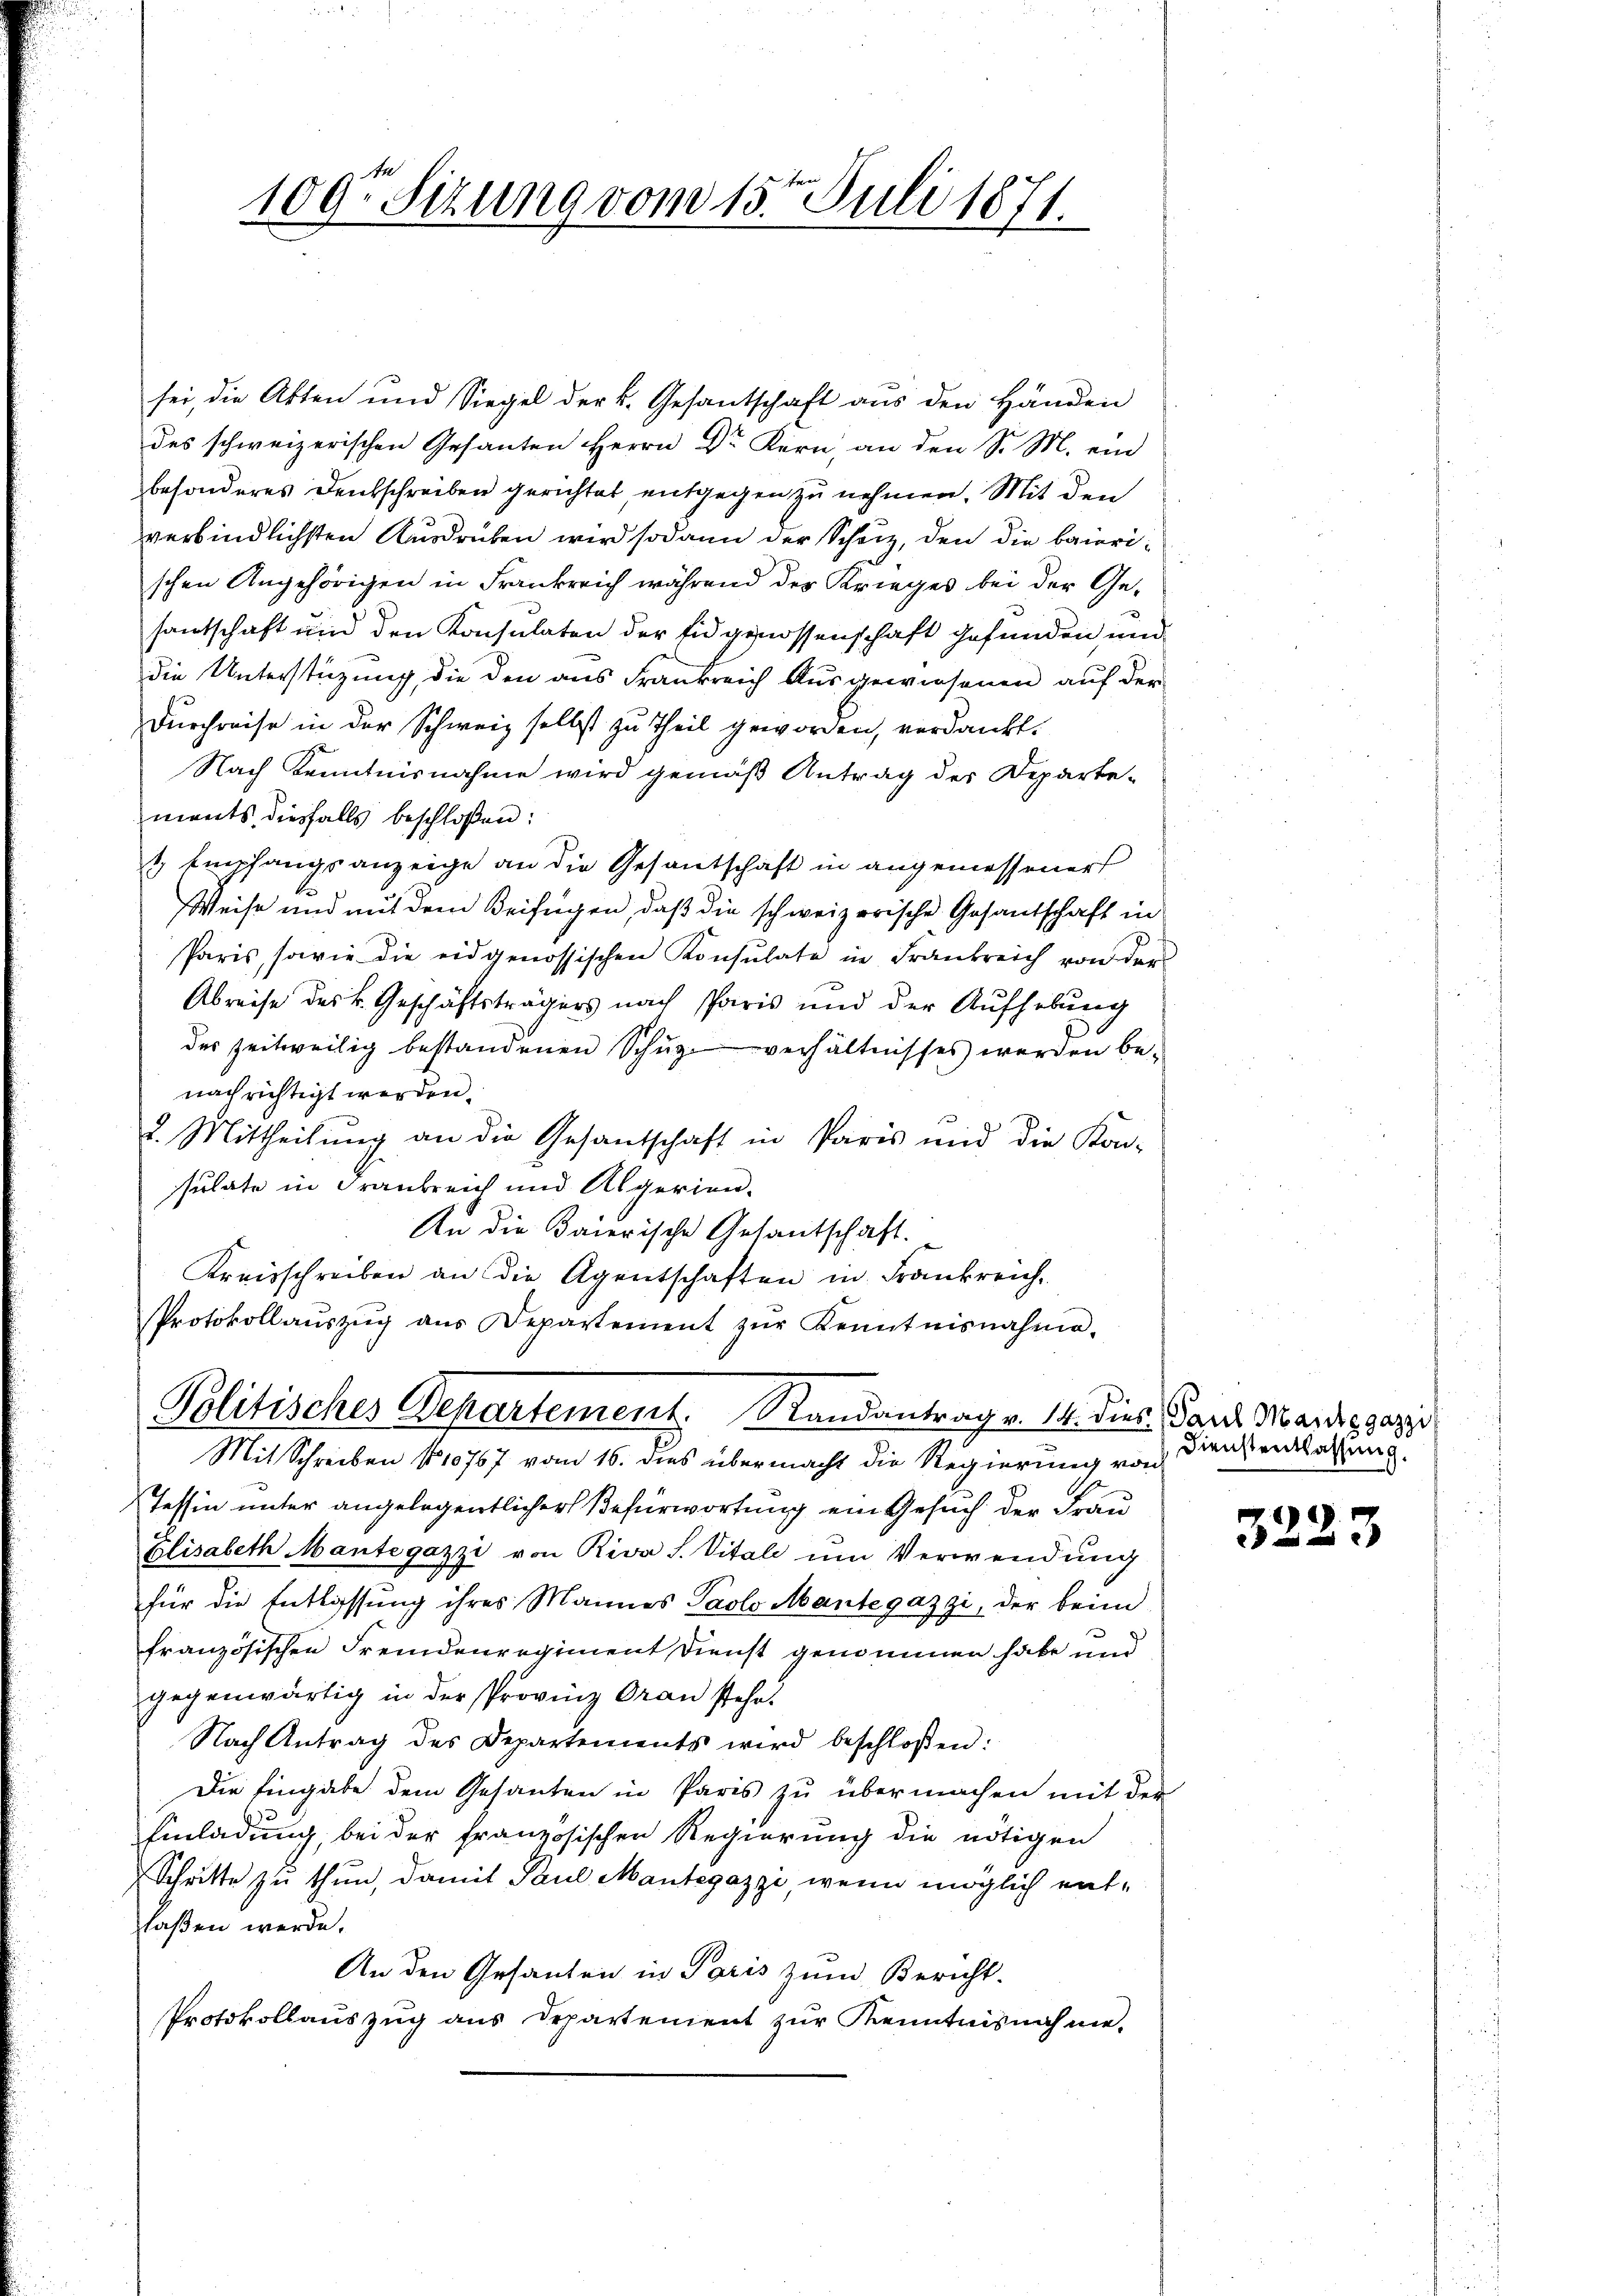
109te Sizung vom 15ten Juli 1871.

sei, die Akten und Siegel der k. Gesantschaft aus den Händen
des schweizerischen Gesanten Herrn Dr Kern, an den S. M. ein
besonderes Deutschreiben gerichtet, entgegen zu nehmen. Mit den
verbindlichsten Ausdrüken wird sodann der Schutz, den die baierischen Angehörigen in Frankreich während der Krieges bei der Gesantschaft und den Konsulaten der Eidgenossenschaft gefunden und
die Unterstüzung, die den aus Frankreich Ausgewiesenen auf der
Durchreise in der Schweiz selbst zu Theil geworden, verdankt.
Nach Kenntnisnahme wird gemäß Antrag des Departe-
ments diesfalls beschloßen:
3 Empfangsanzeige an die Gesantschaft in angemessener
Weise und mit dem Beifügen, daß die schweizerische Gesandschaft in
Paris, sowie die eidgenössischen Konsulate in Frankreich von der
Abreise des k. Geschäftsträgers nach sparis und der Aufhebung
des zeitweilig bestandenen Schüzverhältnisses werden be-
nach richtigt werden.
2. Mittheilung an die Gesantschaft in Paris und die Kon-
sulate in Frankreich und Algerien-
An die Baierische Gesantschaft.
Kreisschreiben an die Agentschaften in Frankreich-
Protokollaŭszŭg aŭs Departement zŭr Kenntnisnahme.
Politisches Departement. Randantrag v. 14. dies Paul Martig gezei
Mit Schreiben No 10767 vom 16. dies übermacht die Regierung von
Tessin unter angelegentlicher Befürwortung ein Gesuch der Frau
Elisabeth Mantegazzi von Riva S. Vitali ŭm Verwendung
für die Entlassung ihres Mannes Paolo Mantegazzi, der beim
französischen Fremdenregiment Dienst genommen habe und
gegenwärtig in der Provinz Oran stehr¬
Nach Antrag des Departements wird beschloßen:
Die Eingabe dem Gesanten in Paris zu übermachen mit der
Einladung, bei der französischen Regierung die nötigen
Schritte zu thun, damit Paul Mantegazzi, wenn möglich entlaßen werde.
An den Gesanten in Paris zum Bericht.
Protokollauszug aus Departement zur Kenntnisnahme.

Dienstentlassung.

3223